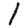
Digit: 1